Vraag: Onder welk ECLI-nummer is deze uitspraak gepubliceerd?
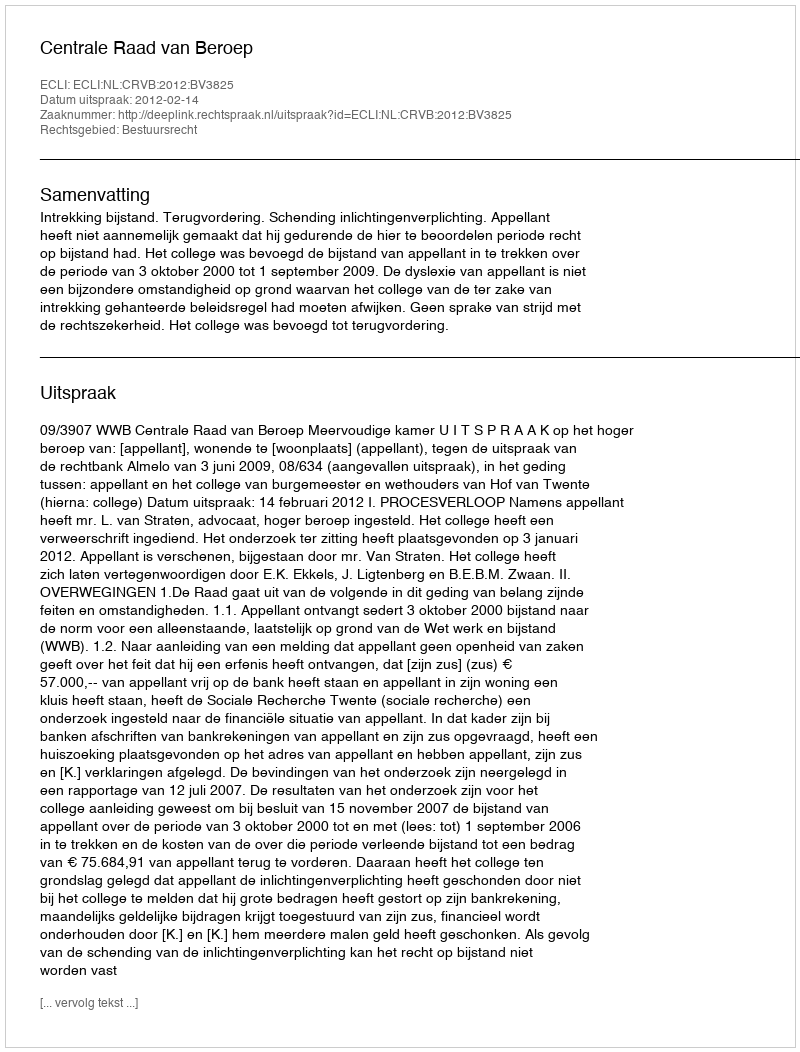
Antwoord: ECLI:NL:CRVB:2012:BV3825